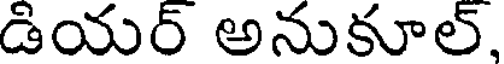
డియర్ అనుకూల్.